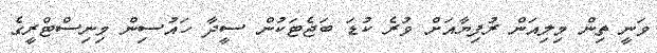
ވަނީ ތިން މިލިއަން ރުފިޔާއަށް ވުރެ ކުޑަ ބަޖެޓަކުން ސީދާ ހައުސިން މިނިސްޓްރީގެ